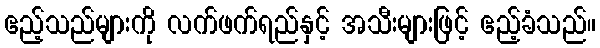
ဧည့်သည်များကို လက်ဖက်ရည်နှင့် အသီးများဖြင့် ဧည့်ခံသည်။